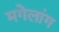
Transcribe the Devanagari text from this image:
मगेलांग